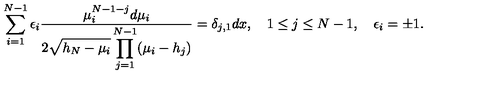
\sum _ { i = 1 } ^ { N - 1 } \epsilon _ { i } { \frac { \mu _ { i } ^ { N - 1 - j } d \mu _ { i } } { \displaystyle 2 \sqrt { h _ { N } - \mu _ { i } } \prod _ { j = 1 } ^ { N - 1 } ( \mu _ { i } - h _ { j } ) } } = \delta _ { j , 1 } d x , \quad 1 \leq j \leq N - 1 , \quad \epsilon _ { i } = \pm 1 .